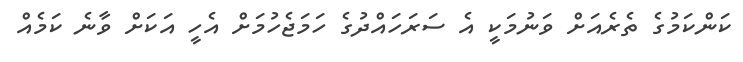
ކަންކަމުގެ ތެރެއަށް ވަނުމަކީ އެ ސަރަހައްދުގެ ހަމަޖެހުމަށް އެހީ އަކަށް ވާނެ ކަމެއް